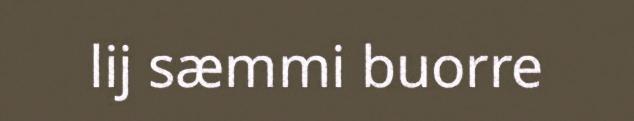
lij sæmmi buorre